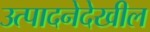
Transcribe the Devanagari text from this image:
उत्पादनेदेखील